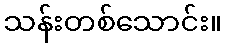
သန်းတစ်သောင်း။